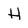
Character: H